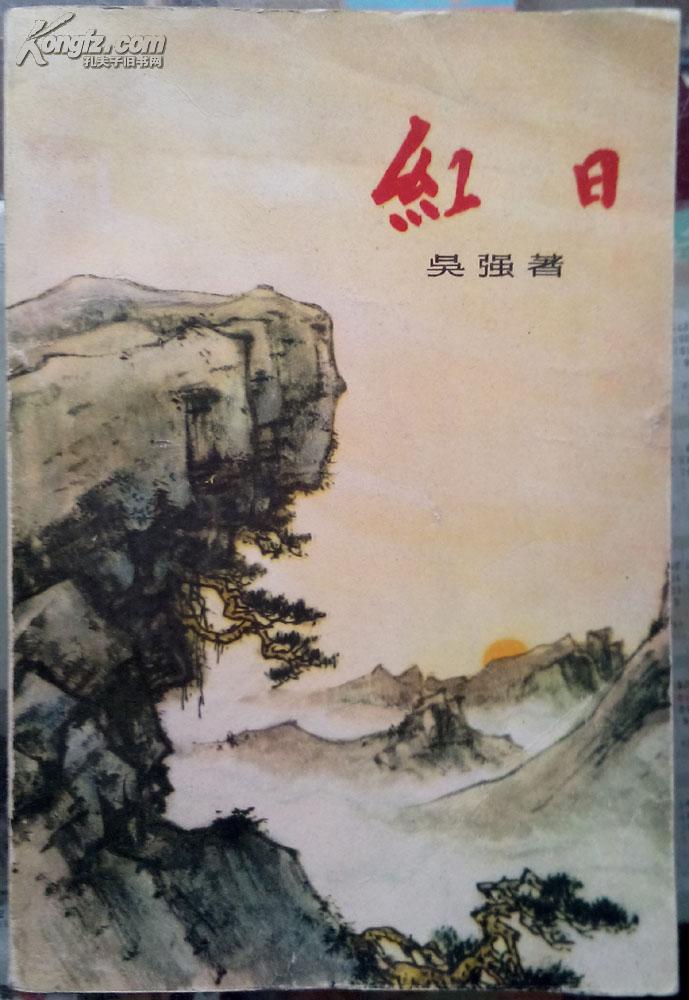
怅望倚危栏，红日无言西下。